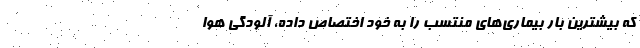
که بیشترین بار بیماری‌های منتسب را به خود اختصاص داده، آلودگی هوا